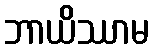
ဘာယိဿာမ